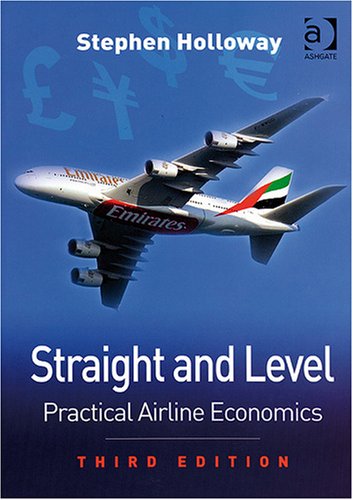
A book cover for Straight and Level; Stephen Holloway; Business & Money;